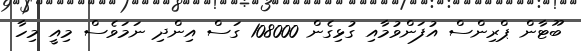
ބޫޓާން ޕްރިންސް އުފަންވުމާއި ގުޅިގެން 108000 ގަސް އިންދި ނަމަވެސް މިއީ މިހާ